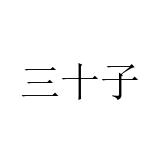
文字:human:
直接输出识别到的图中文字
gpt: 三十子